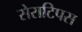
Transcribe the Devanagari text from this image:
सेराटिपस